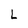
Character: L